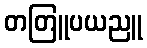
တတြူပယညူ